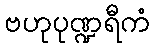
ဗဟုပုဏ္ဍရီကံ